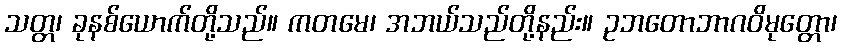
သတ္တ၊ ခုနစ်ယောက်တို့သည်။ ကတမေ၊ အဘယ်သည်တို့နည်း။ ဥဘတောဘာဂဝိမုတ္တော၊